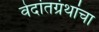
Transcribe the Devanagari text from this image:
वेदांतग्रंथांचा